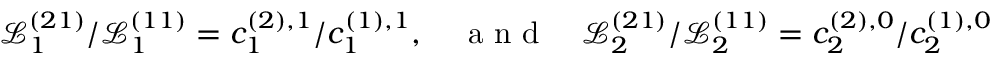
\mathscr { L } _ { 1 } ^ { ( 2 1 ) } / \mathscr { L } _ { 1 } ^ { ( 1 1 ) } = c _ { 1 } ^ { ( 2 ) , 1 } / c _ { 1 } ^ { ( 1 ) , 1 } , \quad \mathrm { ~ a ~ n ~ d ~ } \quad \mathscr { L } _ { 2 } ^ { ( 2 1 ) } / \mathscr { L } _ { 2 } ^ { ( 1 1 ) } = c _ { 2 } ^ { ( 2 ) , 0 } / c _ { 2 } ^ { ( 1 ) , 0 }